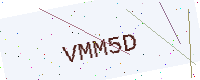
Text: VMM5D